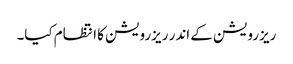
ریزرویشن کے اندر ریزرویشن کا انتظام کیا۔